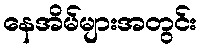
နေအိမ်များအတွင်း